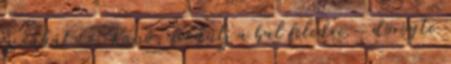
éjszakát. – Kunó, fordulj a bal feledre – dörögte